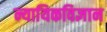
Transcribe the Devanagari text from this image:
न्यायिकविज्ञान